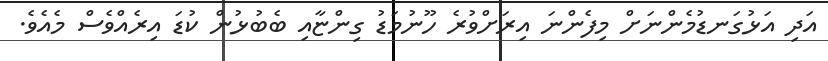
އަދި އަޅުގަނޑުމެންނަށް މިފެންނަ އިރަށްވުރެ ހޫނުމަޑު ގިންޏާއި ބެބުޅުން ކުޑަ އިރެއްވެސް މެއެވެ.